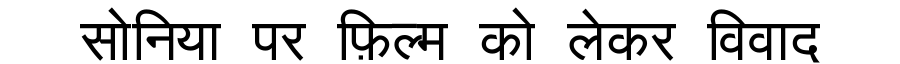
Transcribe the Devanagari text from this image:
सोनिया पर फ़िल्म को लेकर विवाद